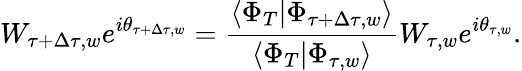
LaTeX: W_{\tau+\Delta\tau,w}e^{i\theta_{\tau+\Delta\tau,w}}=\frac{\langle\Phi_{T}|\Phi_{\tau+\Delta\tau,w}\rangle}{\langle\Phi_{T}|\Phi_{\tau,w}\rangle}W_{\tau,w}e^{i\theta_{\tau,w}}.